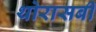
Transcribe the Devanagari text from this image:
थोरासबी